Document type: Testament
Year: 1300
Scribe: Bonanat d'Esparreguera
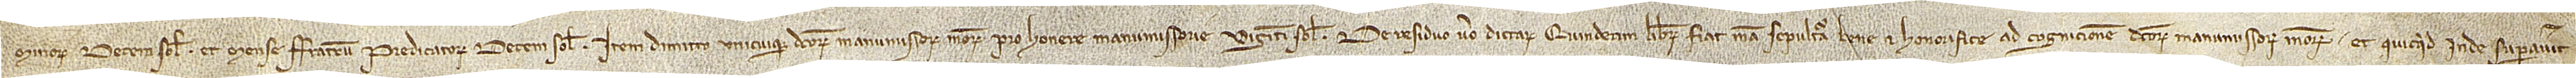
minorum decem solidos, et mense fratrum predicatorum decem solidos. Item dimitto unicuique dictorum manumissorum meorum pro honere manumissorie viginti solidos. De residuo vero dictarum quindecim librarum fiat mea sepultura bene et honorifice ad cognicionem dictorum manumissorum meorum. Et quicquid inde superaverit